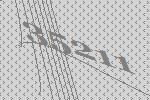
35211